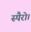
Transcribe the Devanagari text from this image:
स्पैरो।